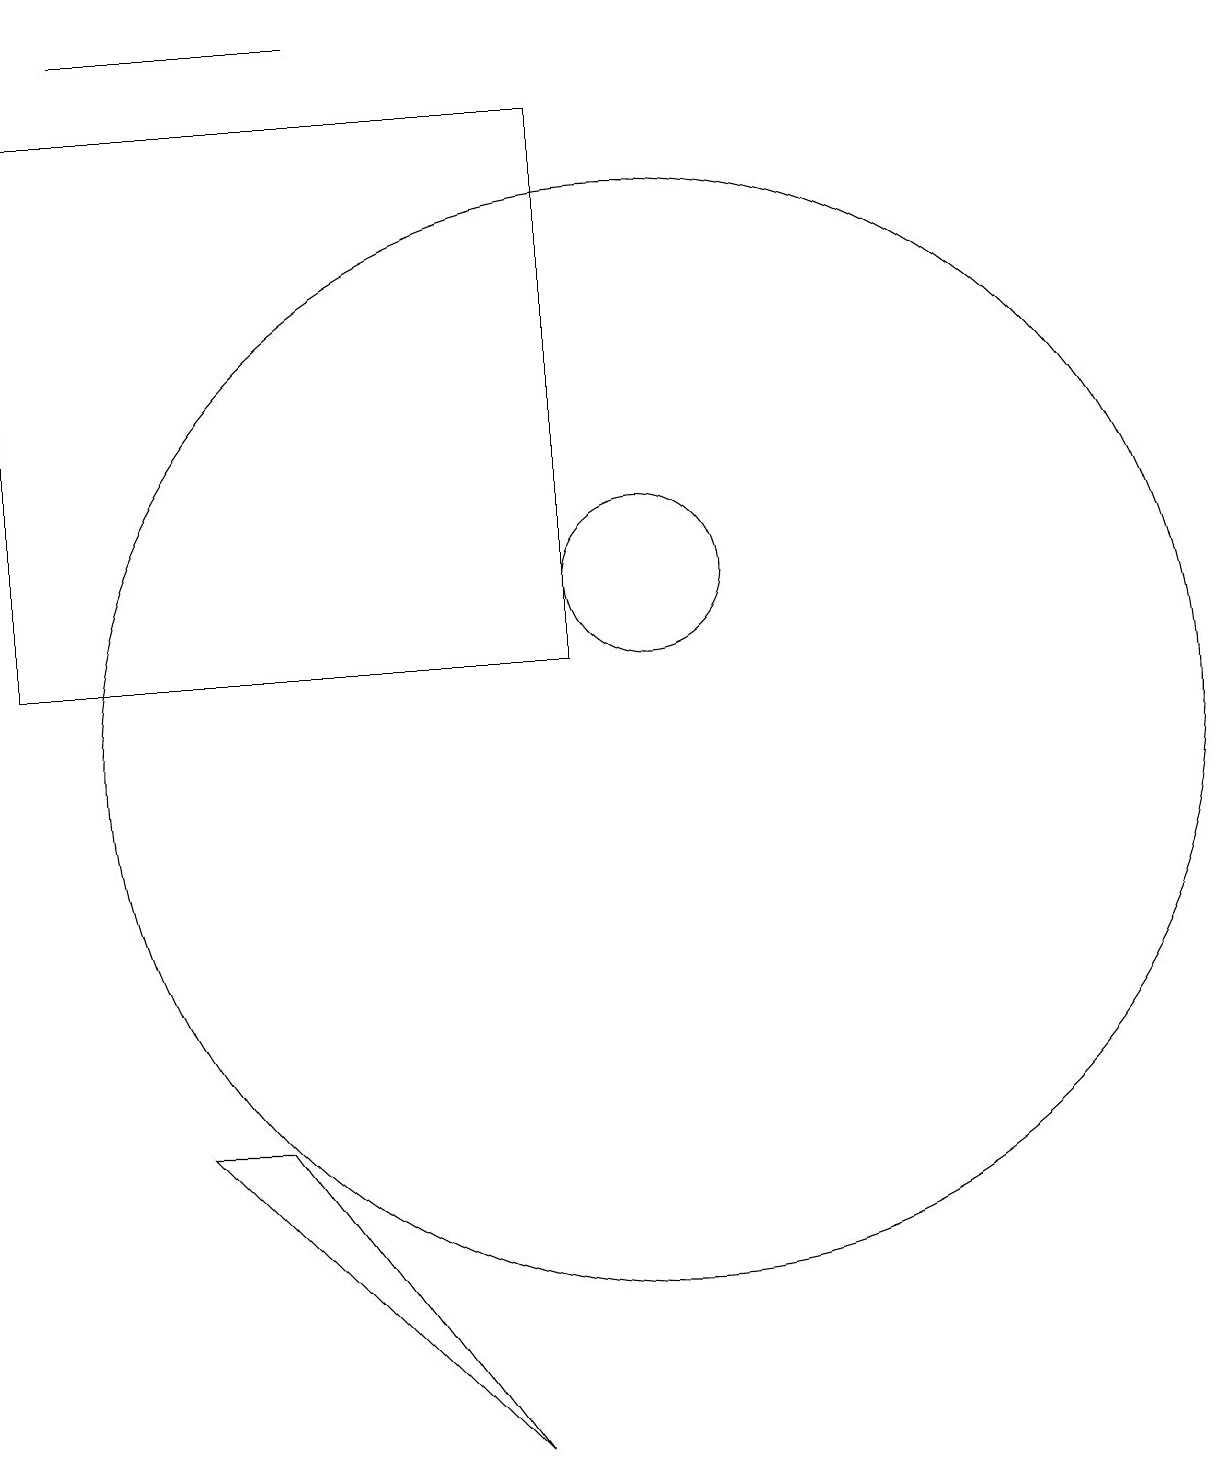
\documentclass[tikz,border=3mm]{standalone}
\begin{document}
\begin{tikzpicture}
\draw (5,5) -- (4,5) -- (8,1) -- cycle;
\draw (6,19) rectangle (3,19);
\draw (2,18) rectangle (9,11);
\draw (10,12) circle (1);
\draw (10,10) circle (7);
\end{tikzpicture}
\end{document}